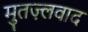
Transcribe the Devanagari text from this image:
मुतज़्लवाद